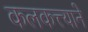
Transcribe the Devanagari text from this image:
कलकत्त्याने